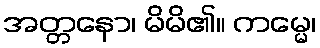
အတ္တနော၊ မိမိ၏။ ကမ္မေ၊